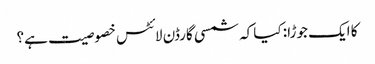
کا ایک جوڑا: کیا کہ شمسی گارڈن لائٹس خصوصیت ہے؟